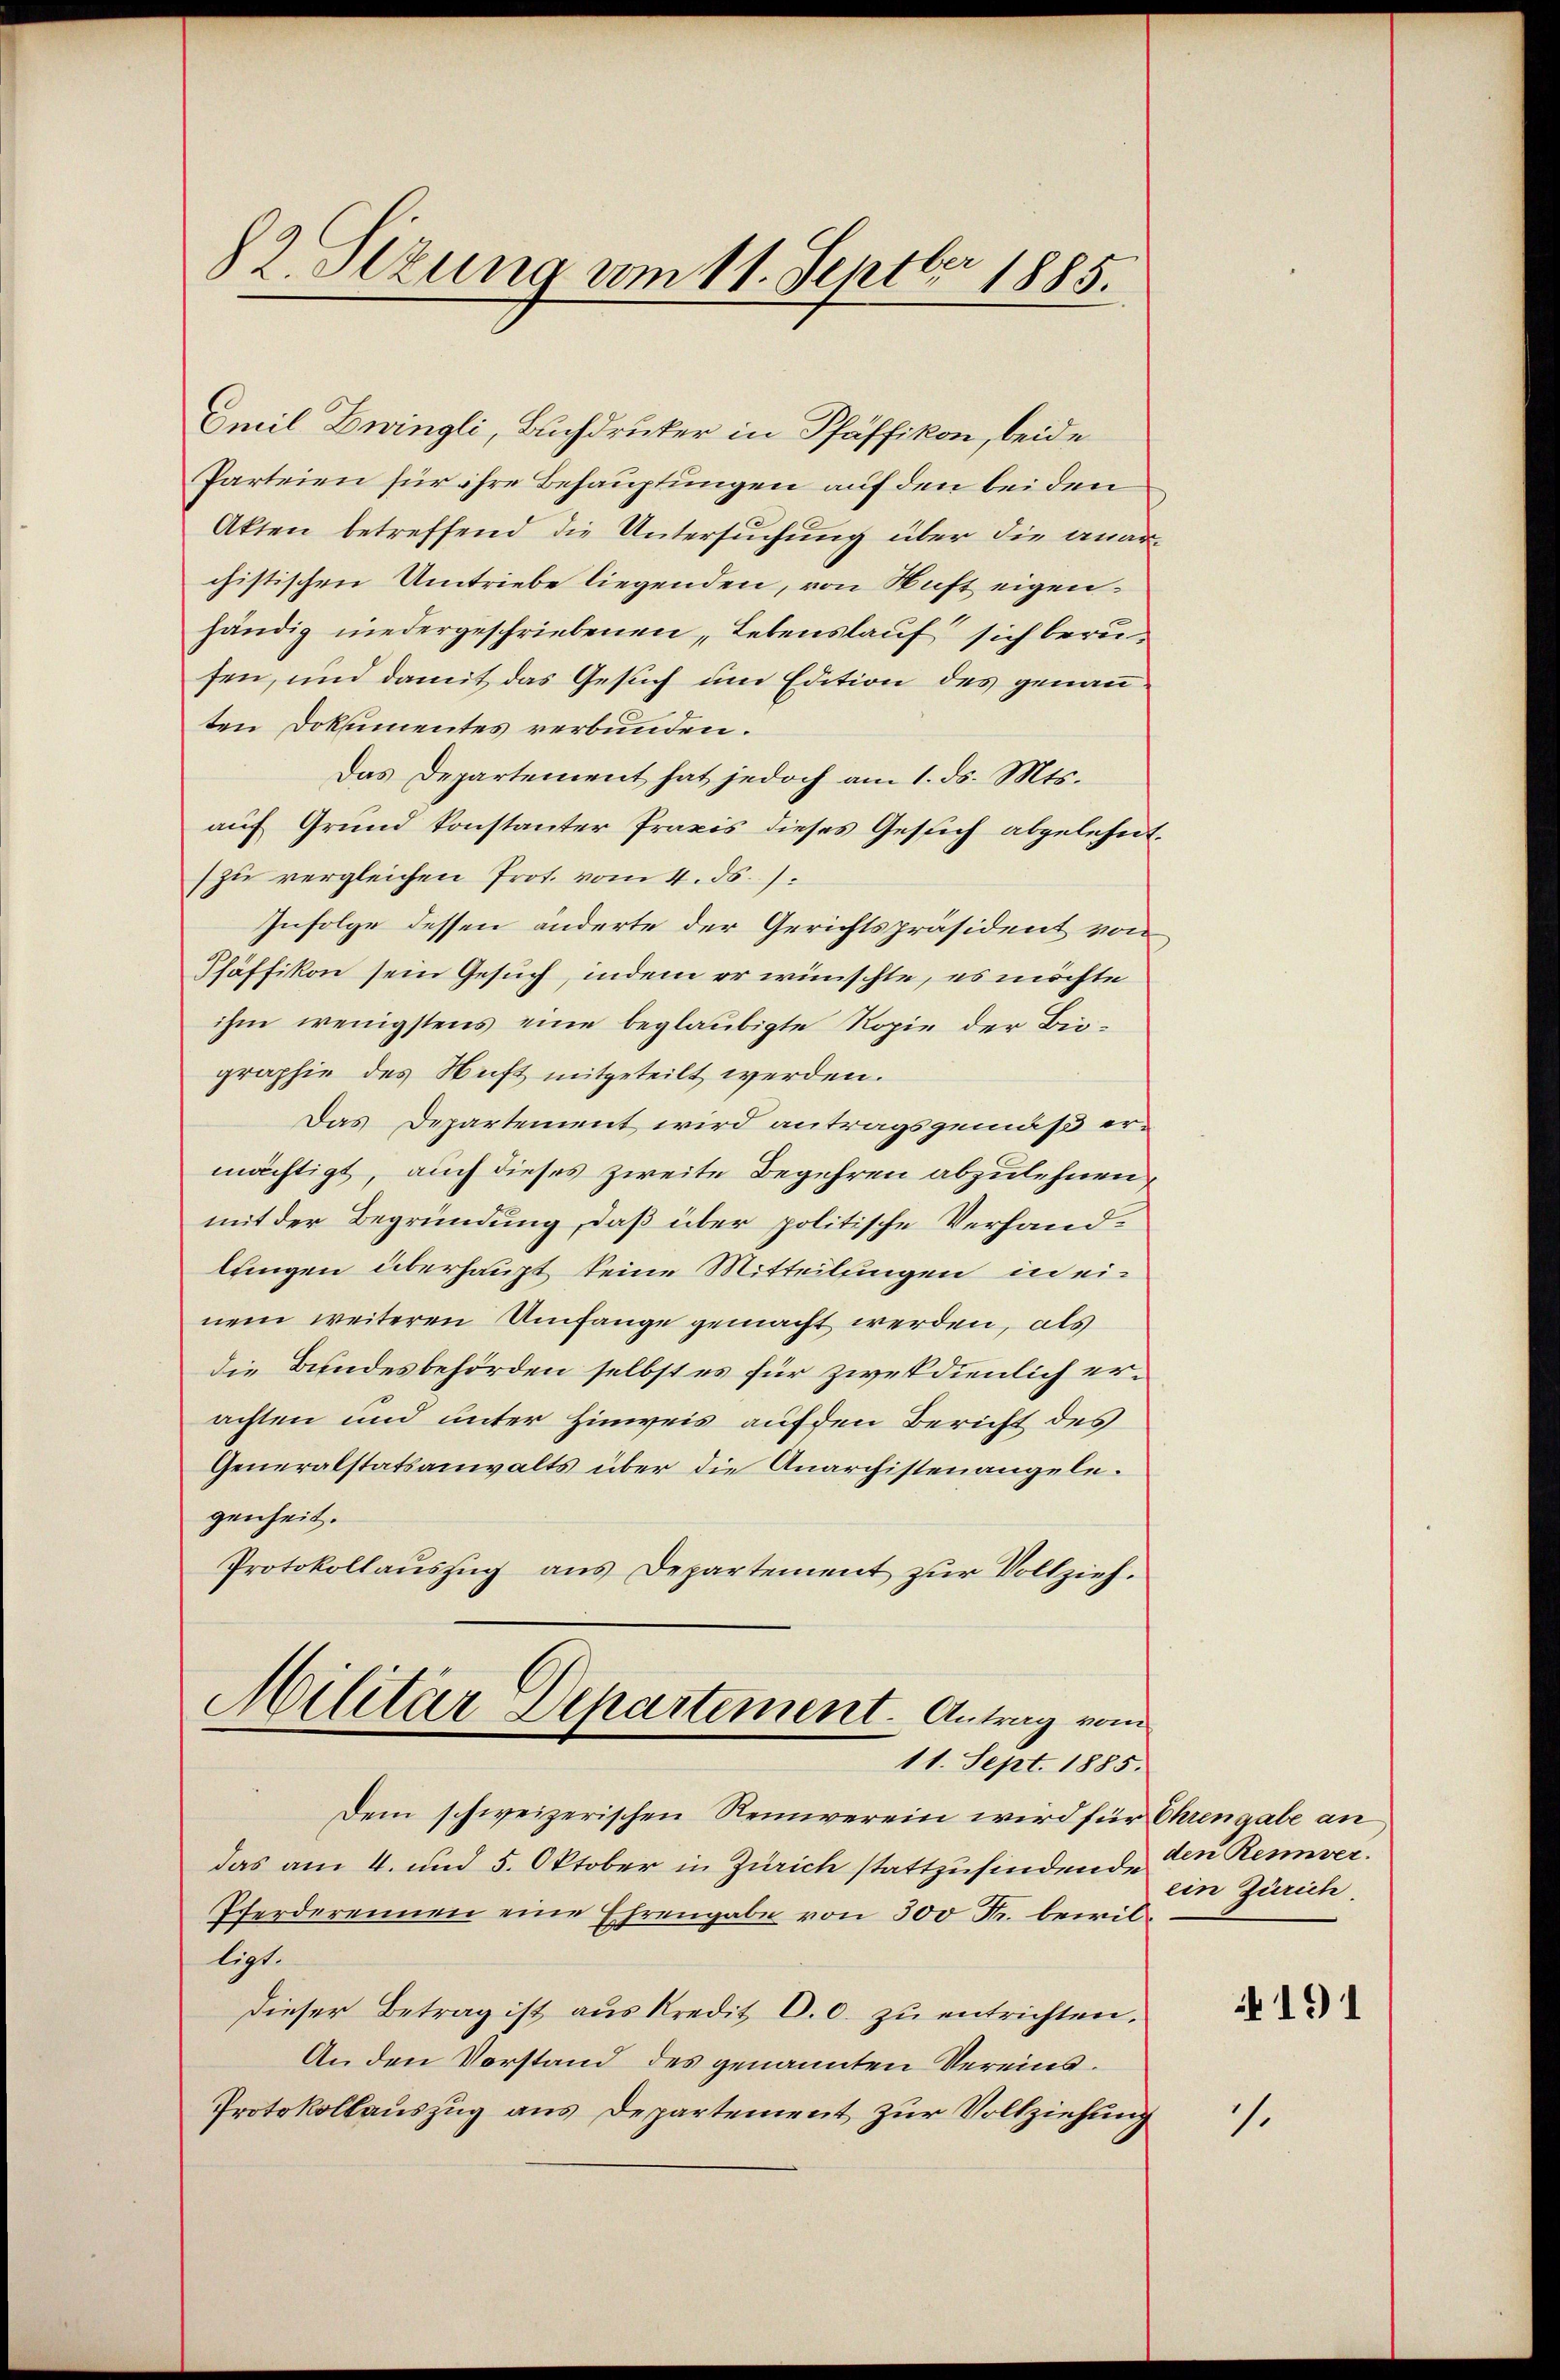
82 Sizung vom 11. Septbr 1885.

Emil Zwingli, Buchdrucker in Pfäffikon, beide
Parteien für ihre Behauptungen auf den bei den
Akten betreffend die Untersuchung über die anarchistischen Umtriebe liegenden, von Saft eigenhändig niedergeschriebenen Lebenslauf sich berufen, und damit das Gesuch um Edition des genanten Dokumentes verbunden.
Das Departement hat jedoch am 1. ds. Mts.
auf Grund konstanter Praxis dieses Gesich abgelehnt.
zu vergleichen Prot. vom 4. ds.
Infolge dessen anderte der Gerichtspräsident von
Pfäffikon sein Gesuch, indem er wünschte, es möchte
ihm wenigstens eine beglaubigte Ropie der Bio-
graphie des Nuft mitgeteilt werden.
Das Departement wird antragsgemäß er-
mächtigt, auch dieses zweite Begehren abzulehnen,
mit der Begründung, daß über politische Verhandlungen überhaupt keine Mitteilungen in einem weiteren Umfange gemacht werden, als
die Bundesbehörden selbst es für zwekdienlich erachten und unter Hinweis auf den Bericht des
Generalstatsanwalts über die Anarchistenangelegenheit.
Protokollauszug aus Departement zur Vollzieh.

Militär Departement. Antrag vom
11. Sept. 1885.

Dem schweizerischen Reinverein wird für Ehrengabe an
das am 4. und 5. Oktober in Zürich stattzufindende
Pferderennen eine Ehrengabe von 300 Fr. bewilligt.
Dieser Betrag ist aus kredit C. c. zŭ entrichten,
An den Vorstand des genannten Vereins¬
Protokollauszug aus Departement zur Vollziehung

den Rennwer.
ein Zürich.

191

1.